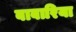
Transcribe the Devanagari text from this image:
बाबारिया